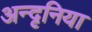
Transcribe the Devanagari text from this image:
अन्दृनिया